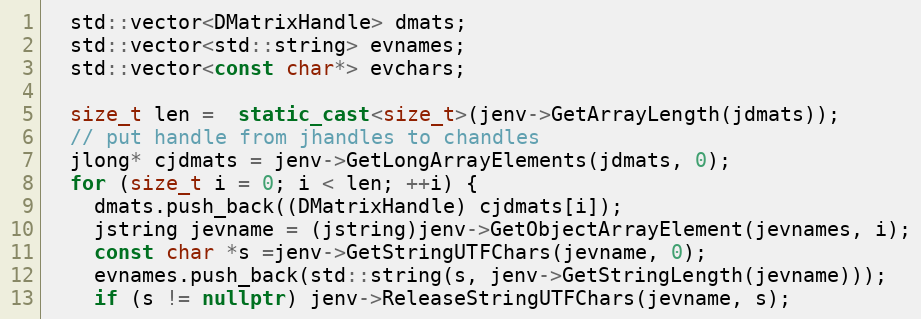
Language: C++
  std::vector<DMatrixHandle> dmats;
  std::vector<std::string> evnames;
  std::vector<const char*> evchars;

  size_t len =  static_cast<size_t>(jenv->GetArrayLength(jdmats));
  // put handle from jhandles to chandles
  jlong* cjdmats = jenv->GetLongArrayElements(jdmats, 0);
  for (size_t i = 0; i < len; ++i) {
    dmats.push_back((DMatrixHandle) cjdmats[i]);
    jstring jevname = (jstring)jenv->GetObjectArrayElement(jevnames, i);
    const char *s =jenv->GetStringUTFChars(jevname, 0);
    evnames.push_back(std::string(s, jenv->GetStringLength(jevname)));
    if (s != nullptr) jenv->ReleaseStringUTFChars(jevname, s);